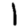
Digit: 1